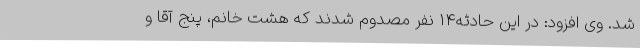
شد. وی افزود: در این حادثه۱۴ نفر مصدوم شدند که هشت خانم، پنج آقا و